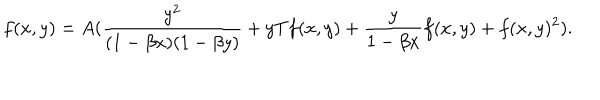
LaTeX: f ( x , y ) = A ( \frac { y ^ { 2 } } { ( 1 - \beta x ) ( 1 - \beta y ) } + y T f ( x , y ) + \frac { y } { 1 - \beta x } f ( x , y ) + f ( x , y ) ^ { 2 } ) .